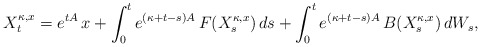
\begin{align*} X^{ \kappa, x }_t = e^{ t A } \, x + \int_0^t e^{ ( \kappa + t - s )A }\, F( X^{ \kappa, x }_s ) \, ds + \int_0^t e^{ ( \kappa + t - s )A }\, B( X^{ \kappa, x }_s ) \, dW_s ,\end{align*}